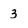
Character: 3